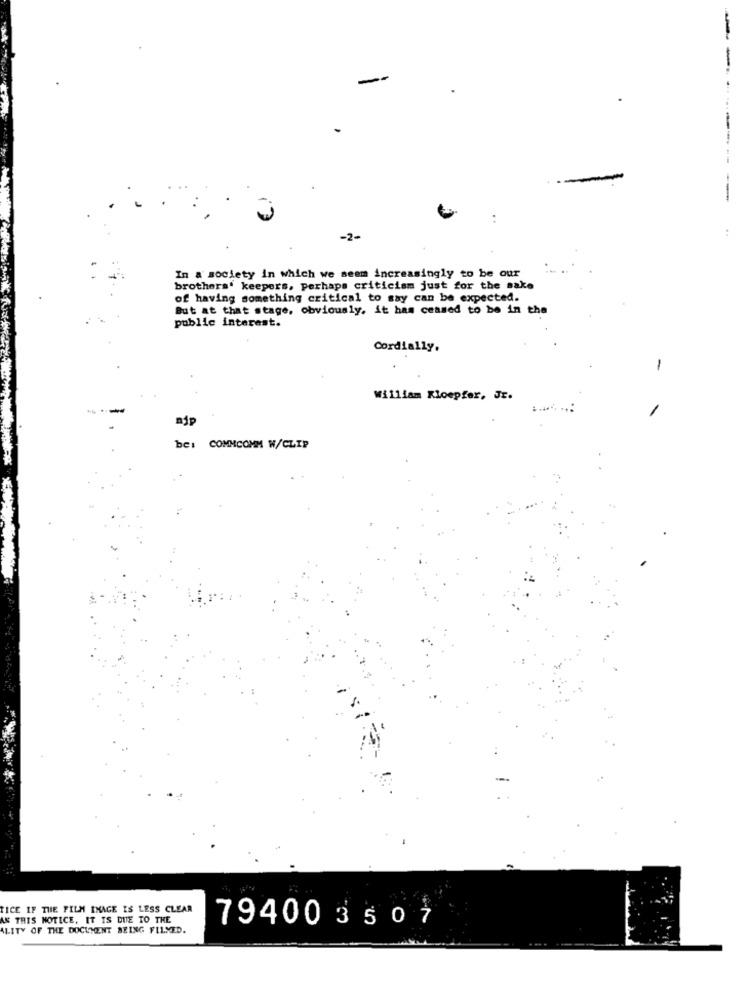
-2-
In a society in which we seem increasingly to be our
brothers' keepers, perhaps criticism just for the sake
of having something critical to say can be expected.
But at that stage, obviously. it has ceased to be in the
public interest.
Cordially,
1
William Kloepfer, JE.
be: COMMCOMM W/CLIP
TICE IF THE FILM IMAGE IS LESS CLEAR
AS THIS NOTICE. IT IS DUE TO THE
794003507
ALITY OF THE DOCUMENT BEING FILMED.